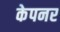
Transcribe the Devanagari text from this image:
केपनर